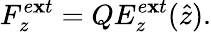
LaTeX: F_{z}^{e\mathbf{x}t}={Q}E_{z}^{e\mathbf{x}t}{(\hat{{z}})}{.}